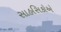
સાહસિકોએ